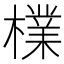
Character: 檏